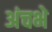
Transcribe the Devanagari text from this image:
अंचभे